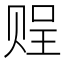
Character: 𧹓